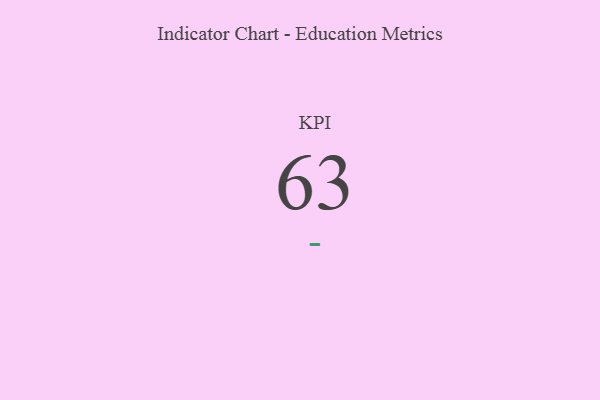
{"axis": {"x": "KPI", "y": "Value"}, "legend": [""], "data": [{"x": "KPI", "y": 63, "type": ""}]}